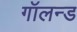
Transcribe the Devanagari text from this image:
गॉलन्ड